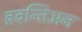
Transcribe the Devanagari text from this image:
ब्रबन्तिअन